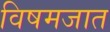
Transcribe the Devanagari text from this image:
विषमजात